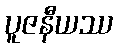
ပူဇနီယဿ